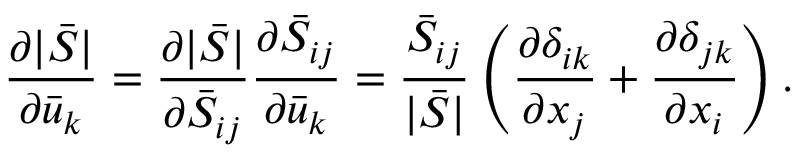
\frac { { \partial | \bar { S } | } } { { \partial { { \bar { u } } _ { k } } } } = \frac { { \partial | \bar { S } | } } { { \partial { { \bar { S } } _ { i j } } } } \frac { { \partial { { \bar { S } } _ { i j } } } } { { \partial { { \bar { u } } _ { k } } } } = \frac { { { { \bar { S } } _ { i j } } } } { { | \bar { S } | } } \left( { \frac { { \partial { \delta _ { i k } } } } { { \partial { x _ { j } } } } + \frac { { \partial { \delta _ { j k } } } } { { \partial { x _ { i } } } } } \right) .